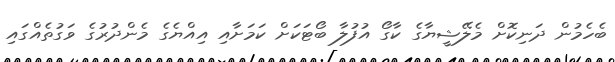
ބެހެމުން ދަނިކޮށް މެލޭޝީޔާގެ ކާގޯ އުފުލާ ބޯޓަކަށް ކަމަށާއި އިއްޔެގެ މެންދުރުގެ ވަގުތެއްގައި